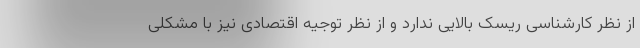
از نظر کارشناسی ریسک بالایی ندارد و از نظر توجیه اقتصادی نیز با مشکلی